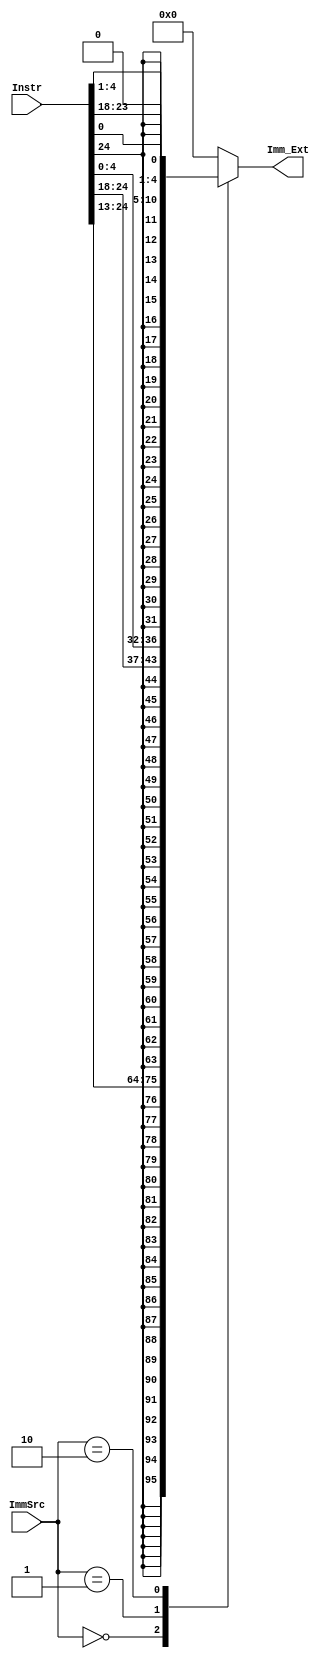
module sign_extend(input wire [24:0] Instr,
input  wire [1:0] ImmSrc,
output reg [31:0] Imm_Ext);
always @(*)
 begin
  	case(ImmSrc)
  	 2'b00:begin
		  Imm_Ext={{20{Instr[24]}},Instr[24:13]};
		 end
  	 2'b01:begin
		  Imm_Ext={{20{Instr[24]}},Instr[24:18],Instr[4:0]};
		 end
  	 2'b10:begin
		  Imm_Ext={{20{Instr[24]}}, Instr[0], Instr[23:18], Instr[4:1], 1'b0};
  	 	 end
  	 default:begin
		   Imm_Ext='b0;
            	  end
	
   	   endcase
	  end

endmodule